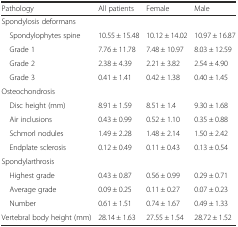
<table><thead><tr><td><b>Pathology</b></td><td><b>All patients</b></td><td><b>Female</b></td><td><b>Male</b></td></tr></thead><tbody><tr><td>Spondylosis deformans</td><td></td><td></td><td></td></tr><tr><td> Spondylophytes spine</td><td>10.55 ± 15.48</td><td>10.12 ± 14.02</td><td>10.97 ± 16.87</td></tr><tr><td> Grade 1</td><td>7.76 ± 11.78</td><td>7.48 ± 10.97</td><td>8.03 ± 12.59</td></tr><tr><td> Grade 2</td><td>2.38 ± 4.39</td><td>2.21 ± 3.82</td><td>2.54 ± 4.90</td></tr><tr><td> Grade 3</td><td>0.41 ± 1.41</td><td>0.42 ± 1.38</td><td>0.40 ± 1.45</td></tr><tr><td>Osteochondrosis</td><td></td><td></td><td></td></tr><tr><td> Disc height (mm)</td><td>8.91 ± 1.59</td><td>8.51 ± 1.4</td><td>9.30 ± 1.68</td></tr><tr><td> Air inclusions</td><td>0.43 ± 0.99</td><td>0.52 ± 1.10</td><td>0.35 ± 0.88</td></tr><tr><td> Schmorl nodules</td><td>1.49 ± 2.28</td><td>1.48 ± 2.14</td><td>1.50 ± 2.42</td></tr><tr><td> Endplate sclerosis</td><td>0.12 ± 0.49</td><td>0.11 ± 0.43</td><td>0.13 ± 0.54</td></tr><tr><td>Spondylarthrosis</td><td></td><td></td><td></td></tr><tr><td> Highest grade</td><td>0.43 ± 0.87</td><td>0.56 ± 0.99</td><td>0.29 ± 0.71</td></tr><tr><td> Average grade</td><td>0.09 ± 0.25</td><td>0.11 ± 0.27</td><td>0.07 ± 0.23</td></tr><tr><td> Number</td><td>0.61 ± 1.51</td><td>0.74 ± 1.67</td><td>0.49 ± 1.33</td></tr><tr><td>Vertebral body height (mm)</td><td>28.14 ± 1.63</td><td>27.55 ± 1.54</td><td>28.72 ± 1.52</td></tr></tbody></table>